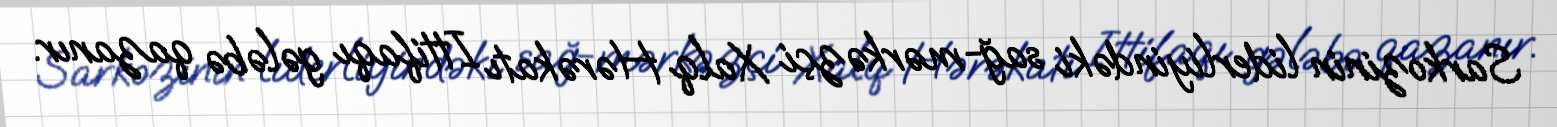
Sarkozinin liderliyindəki sağ-mərkəzçi Xalq Hərəkatı Ittifaqı gələbə qazanır.